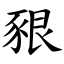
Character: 豤